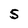
Character: S